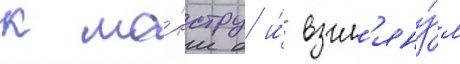
к мо́нстру и́ взгл'яну́л